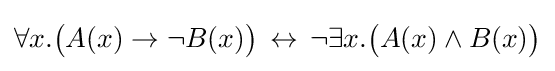
\forall x.{\big (}A(x)\to \neg B(x){\big )}\,\leftrightarrow \,\neg \exists x.{\big (}A(x)\land B(x){\big )}